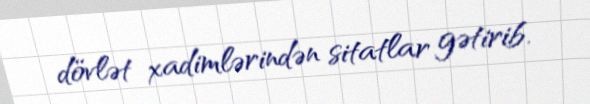
dövlət xadimlərindən sitatlar gətirib.